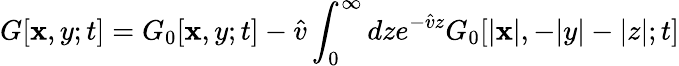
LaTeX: G[\mathbf{x},y;t]=G_{0}[\mathbf{x},y;t]-\hat{{v}}\int_{0}^{\infty}dze^{-\hat{{v}}z}G_{0}[|\mathbf{x}|,-|y|-|z|;t]